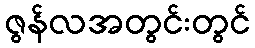
ဇွန်လအတွင်းတွင်